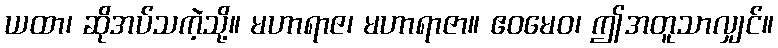
ယထာ၊ ဆိုအပ်သကဲ့သို့။ မဟာရာဇ၊ မဟာရာဇာ။ ဧဝမေဝ၊ ဤအတူသာလျှင်။